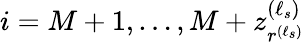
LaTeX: i=M+1,\ldots,M+z_{r^{(\ell_{s})}}^{(\ell_{s})}